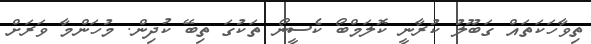
ތިވާހަކަތައް ގަބޫލު ކުރާނީ ކޮލަމްބޯ ކެސީނޯ ތަކުގަ ތިބޭ ކުދިން. މުހަންމާ ވަރަށް